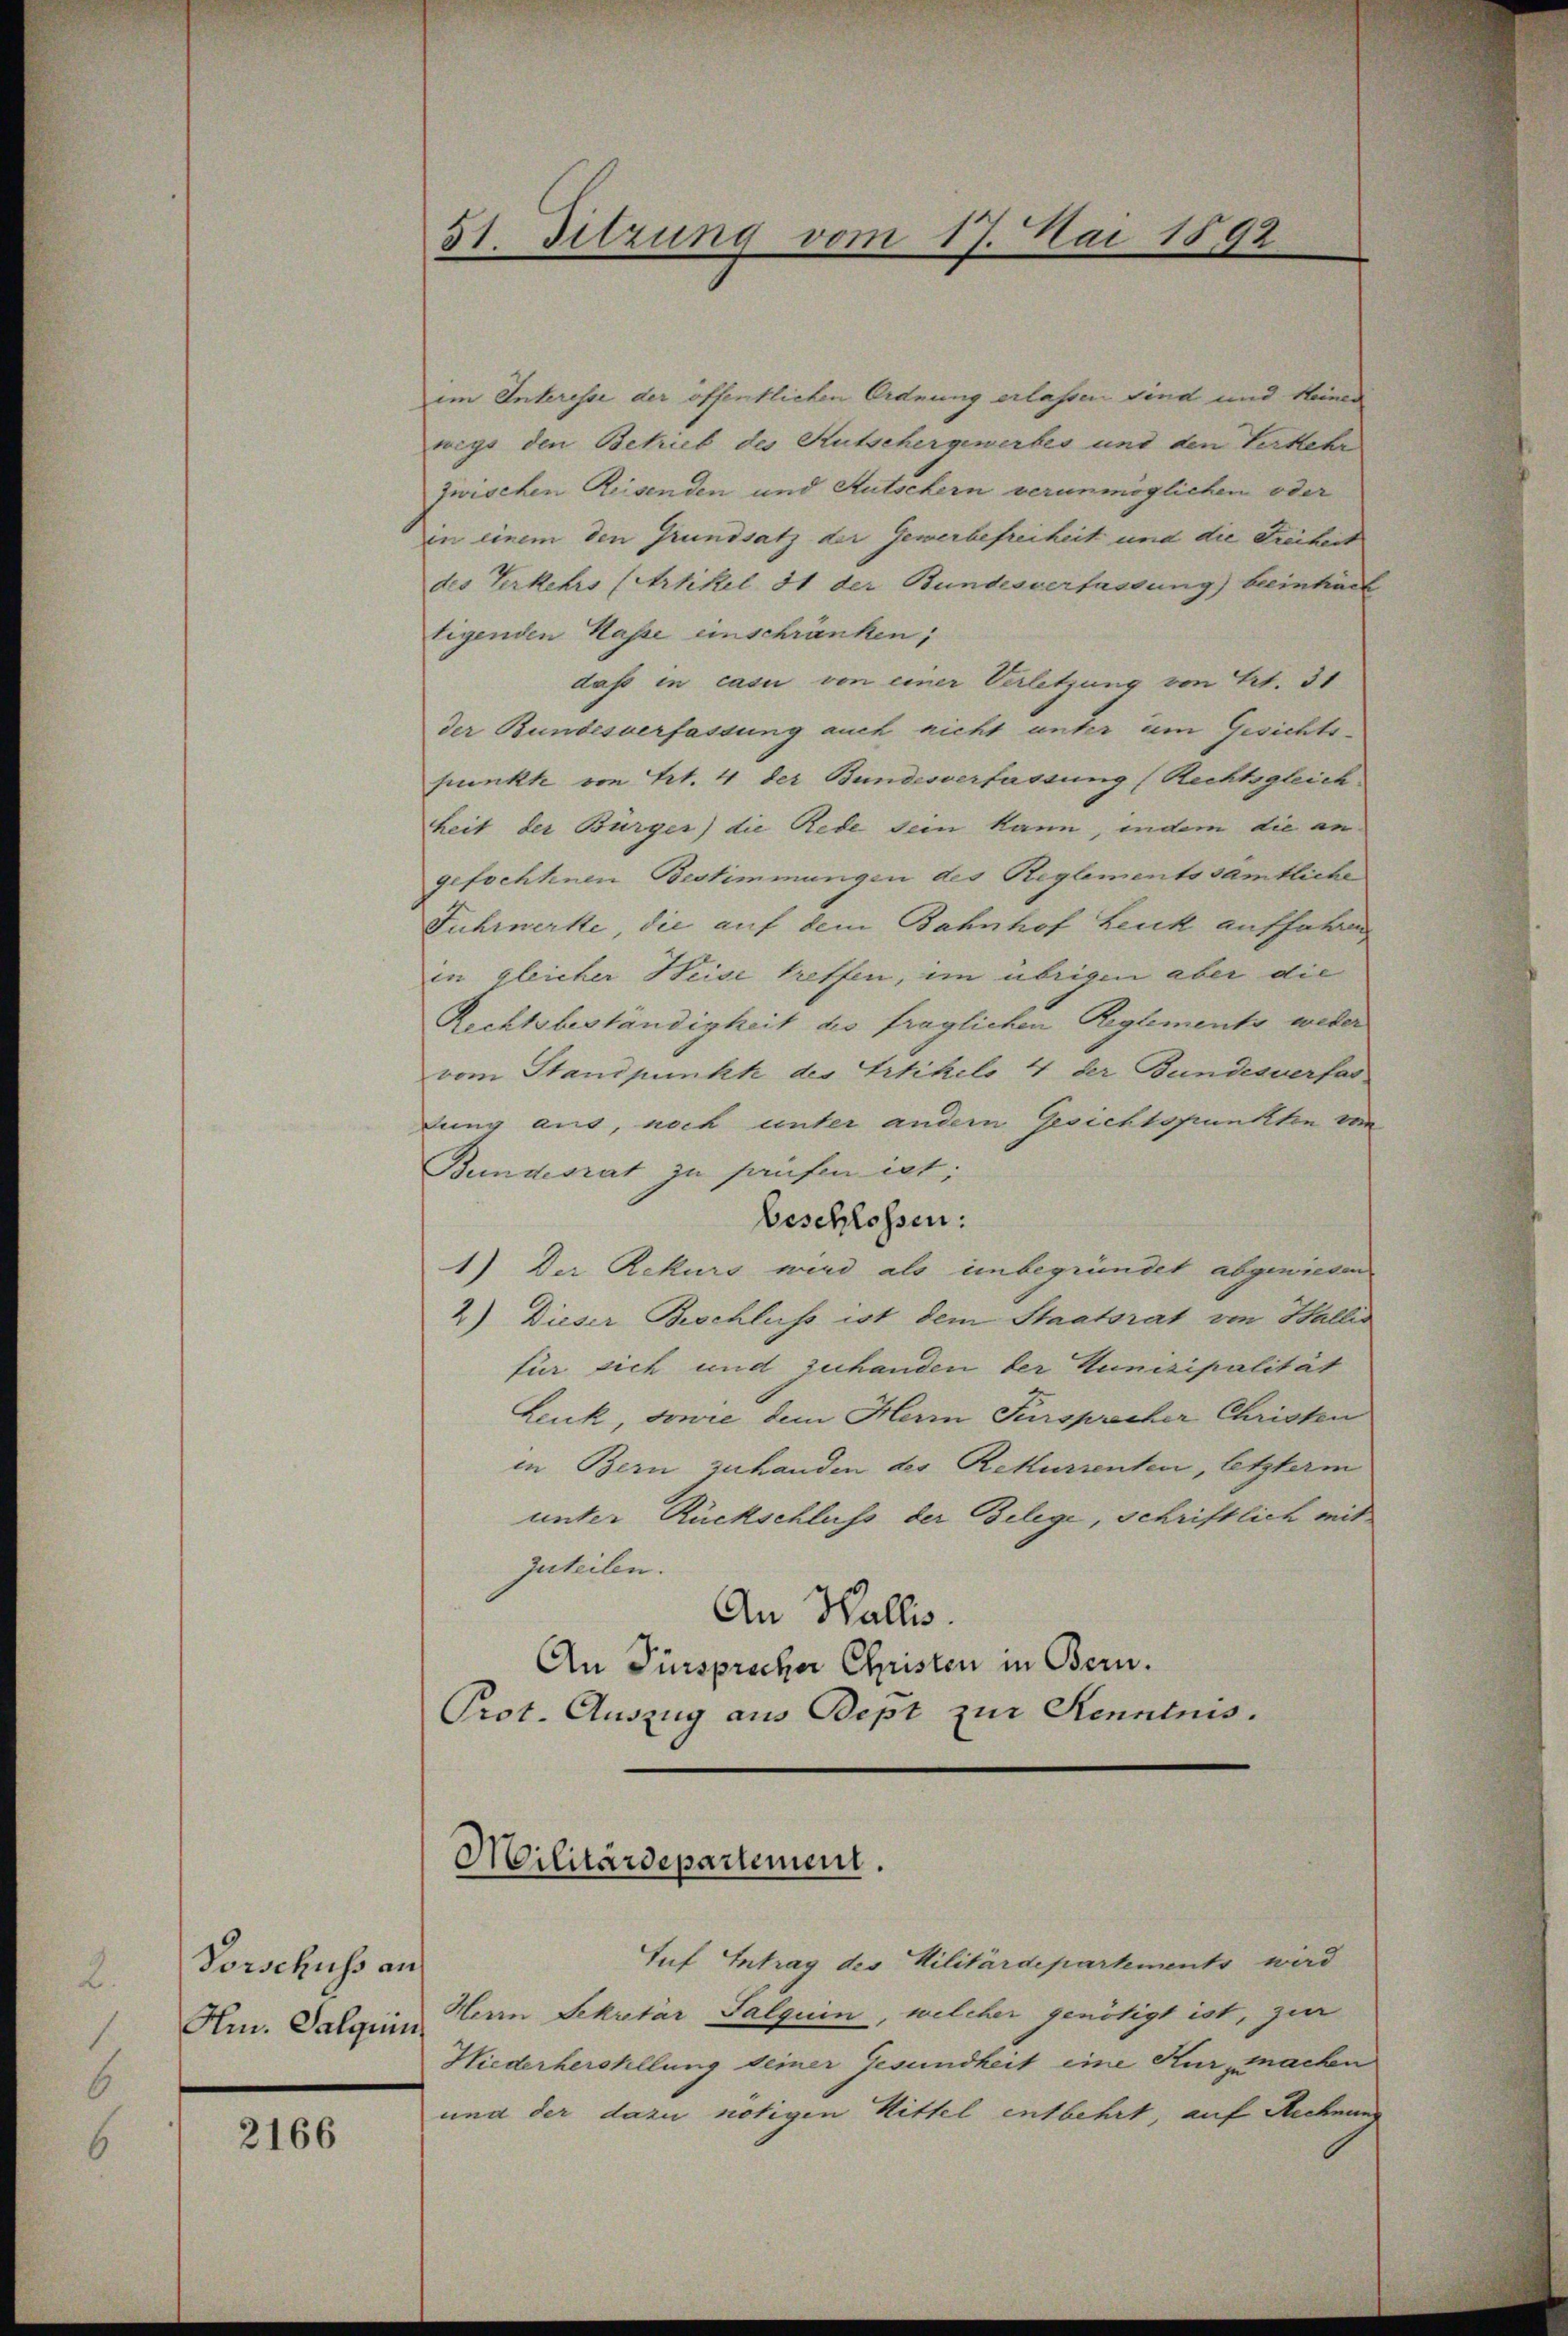
Vorschuss an
Hm. Salqui

2166

im Interesse der öffentlichen Ordnung erlassen sind und keiner
wigs den Betrieb des Rutschergewerbes und den Verkehr
zwischen Reisenden und Mutschern verunmöglichen oder
in einem den Grundsatz der Gewerbefreiheit und die Freiheit
des Verkehrs (Artikel 31 der Bundesverfassung beeinkarl
tigenden Kasse einschränken;
daß in casu von einer Verletzung von Art. 31
der Bundesverfassung auch nicht unter um Gesichtsfunkte von Art. 4 der Bundesverfassung (Rechtsgleich
heit der Bürger) die Rede sein kann, indem die an
gefochtenen Bestimmungen des Reglements sämtliche
Fuhrwerke, die auf dem Bahnhof Leuk auffahren
in gleicher Weise treffen, im übrigen aber die
Rechtsbeständigkeit des fraglichen Reglements weder
vom Standpunkt des Ertikels 4 der Bundesverfas
dung aus, noch unter andern Gesichtspunkten von
Bundesrat zu prüfen ist;
beschlossen:
1) Der Rekurs wird als unbegründet abgewiesen
2) Dieser Beschluss ist dem Staatsrat von Wallis
für sich und zuhanden der Munizipalität
Lenk, sowie dem Herr Fürsprecher Christen
in Bern zuhanden des Rekurrenten, letzterm
unter Rückschluss der Belege, schriftlich mit
Zuteilen.
An Wallis.
An Fürsprocher Christen in Bern.
Prot. Auszug aus Bept zur Kenntnis.

51. Sitzung vom 17. Mai 1892

Militärdepartement.

Tuf Antrag des Militärdepartements wird
Herrn Sekretär Falquin, welcher genötigt ist, zur
Niederherstellung deiner Gesundheit eine Kur, machen
und der dazu nötigen Mittel entbehrt, auf Rechnun